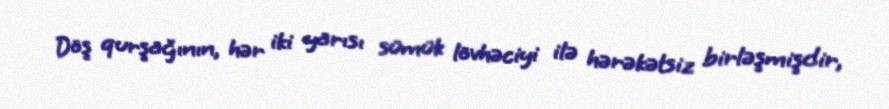
Döş qurşağının, hər iki yarısı sümük lövhəciyi ilə hərəkətsiz birləşmişdir,